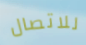
للاتصال